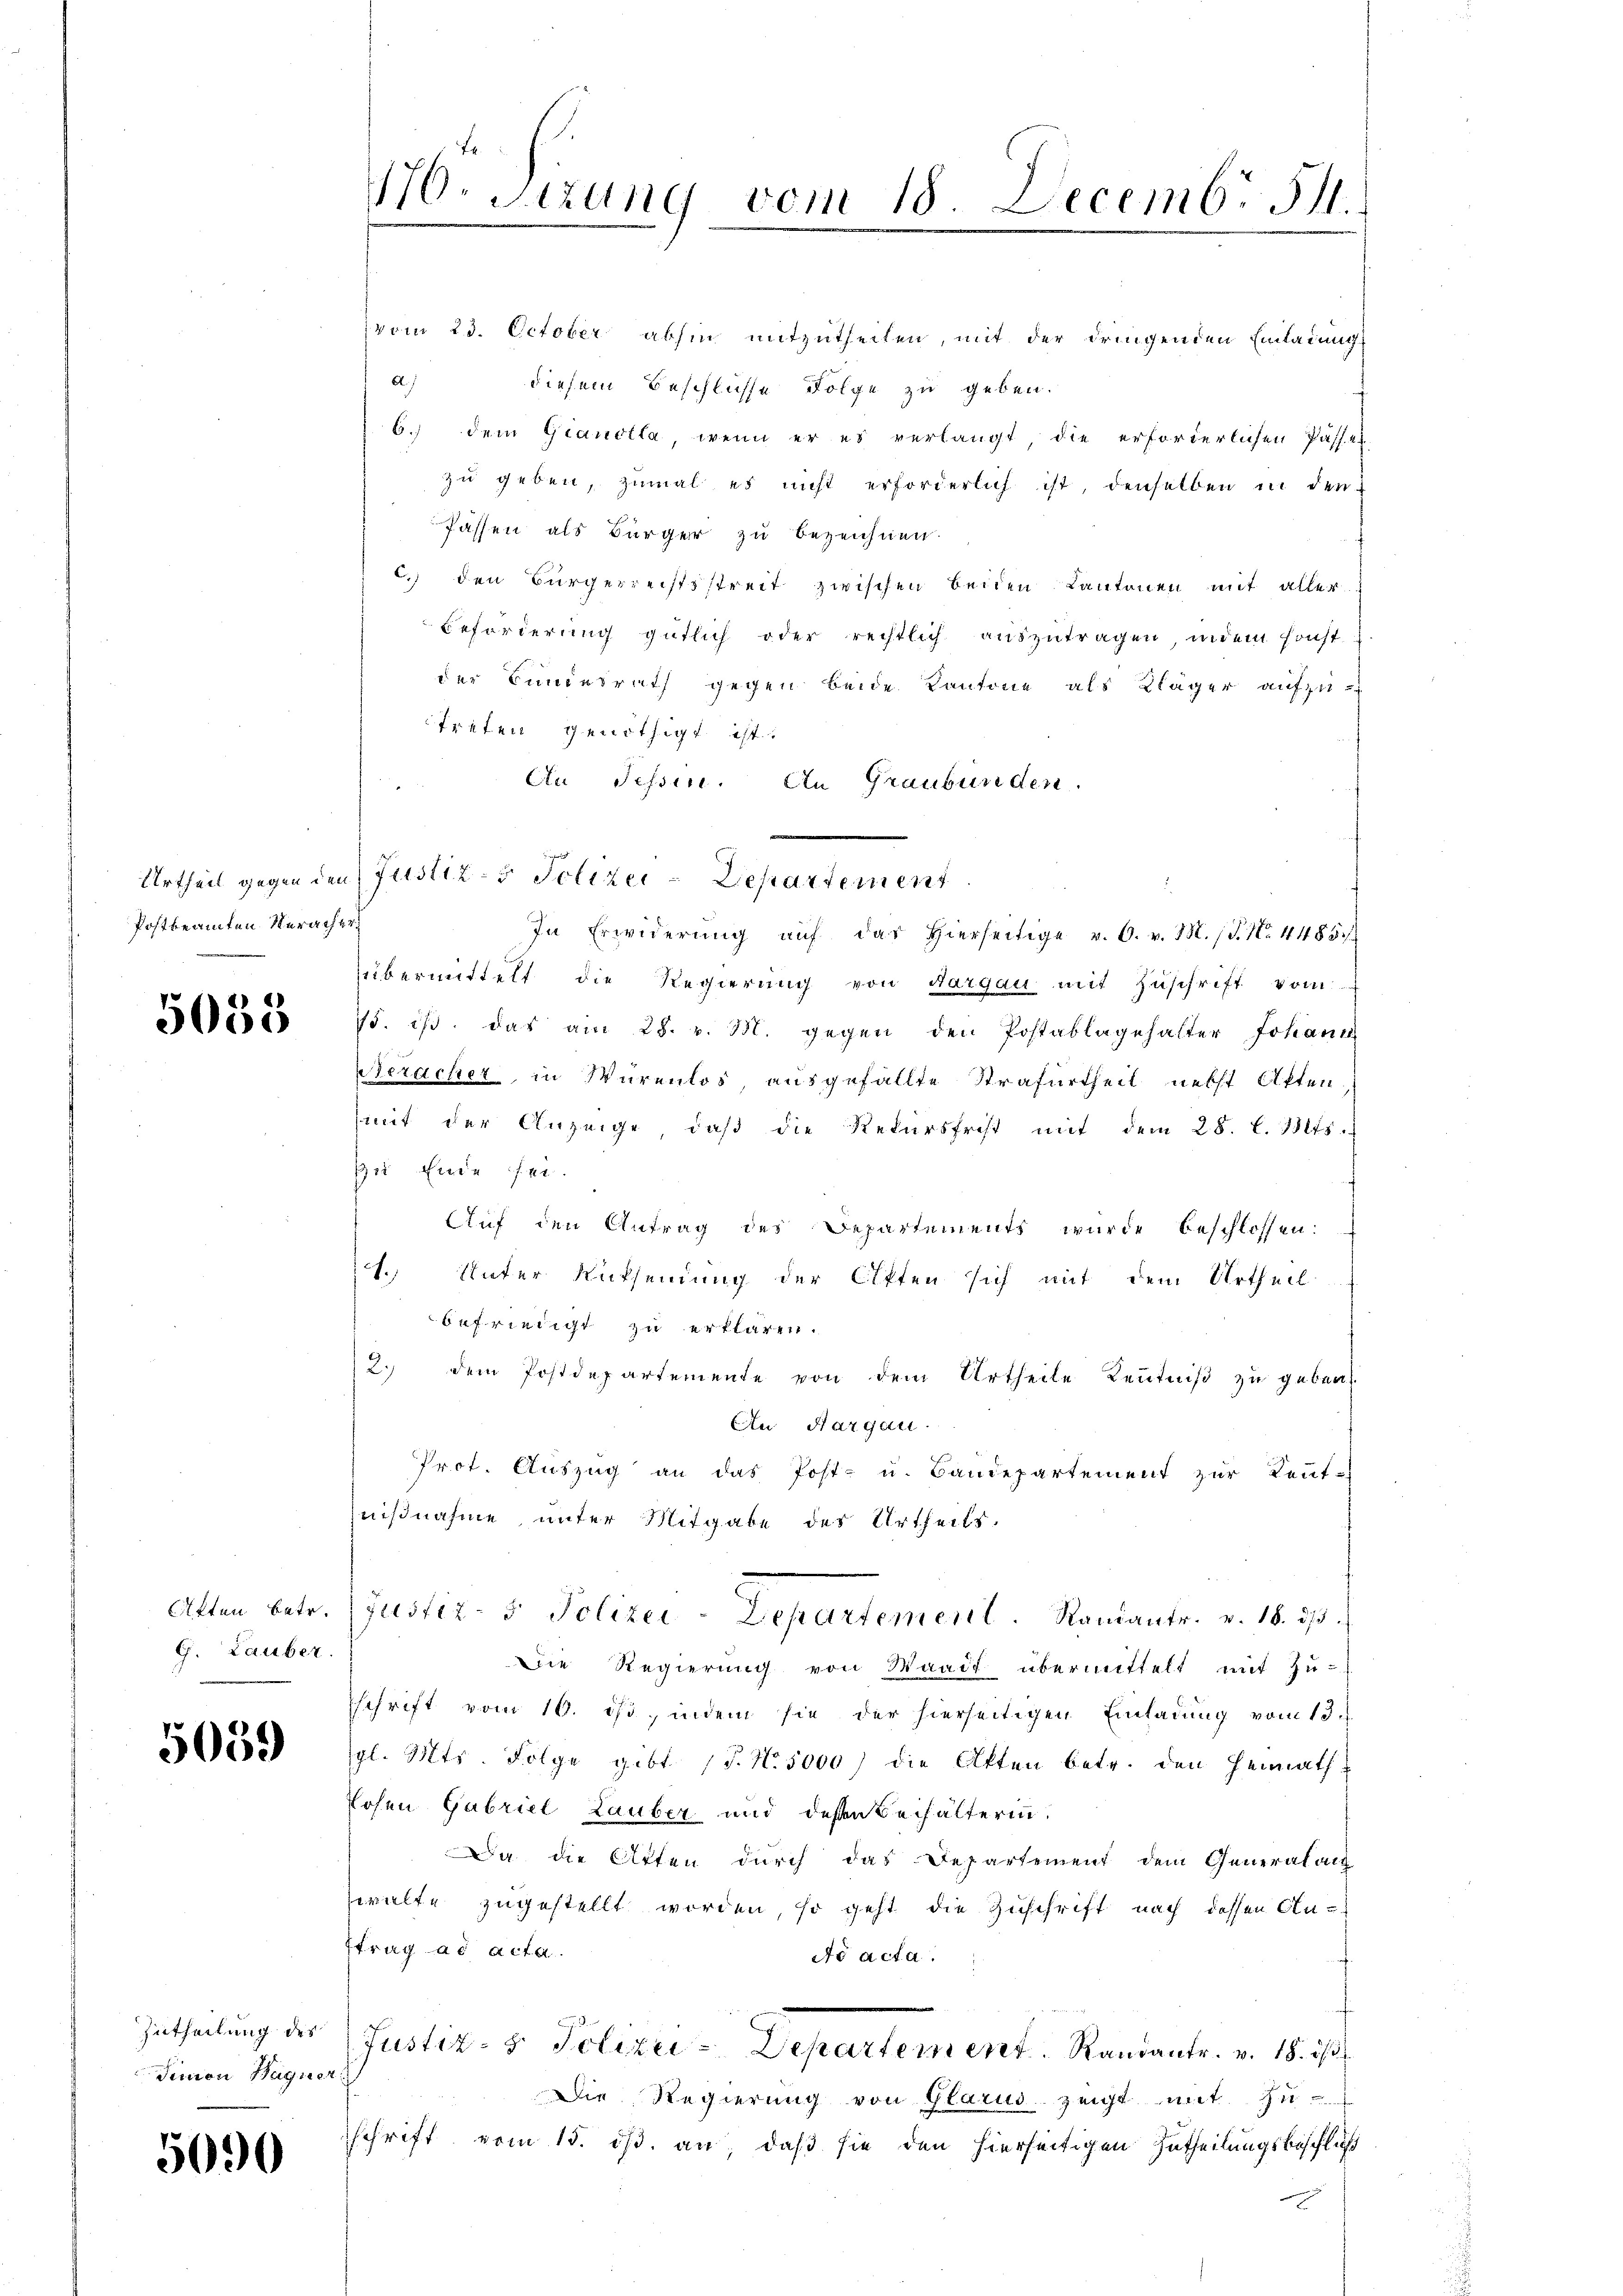
Postbeamten Neracher

5058

G. Lauber

5059

Zutheilung des
Jennen Bagner

5090

176. Sitzung vom 18. Decemb. 54.

vom 23. October abhin mitzutheilen, mit der dringenden Einladung
A.
diesem Beschlüsse Folge zu geben.
6.) dem Gianolla, wenn er es verlangt, die erforderlichen Passel
zu geben, zumal es nicht erforderlich ist, denselben in den
fassen als Bürger zu bezeichnen.
c.) den Bürgerrechtsstreit zwischen beiden Kantonen mit aller
Beförderung gütlich oder rechtlich auszutragen, indem sonst
der Bundesrath gegen beide Kantone als Kläger aufzu-
treten genöthigt ist.
An Tessin. An Graubünden.
In Erwiderŭng aŭf das hierseitige v. 6. v. M. P. Nr. 4185/
übermittelt die Regierung von Aargau mit Zuschrift vom
75. ist das am 28. v. 3. gegen den Postablagehalter Johann
Neracher, in Würenlos, ausgefällte Strafurtheil nebst Akten
mit der Anzeige, daβ die Rekŭrsfrist mit dem 28. l. Mts.
zu Ende sei.
Auf den Antrag des Departements wurde beschlossen:
1. Unter Rücksendung der Akten sich mit dem Urtheil
befriedigt zu erklären.
2. dem Postdepartemente von dem Urtheile Keṅtniβ zŭ geben
An Margau.
Prot. Auszug an das Post- u. Baudepartement zur Leut-
nißnahme unter Mitgabe des Urtheils.
Atten betr. (Justiz- 5. Polizei-Departement. Randantr. v. 18. ds.
Die Regierung von Waadt übermittelt mit Zu-
sschrift vom 16. ist, indem sie der hierseitigen Einladung vom 13.
pl. Mts. Folge gibt. (T. No. 5000) die Akten betr. den Heimath
Losen Gabriel Lauber und deßen Behälterin¬
Da die Atten durch das Departement dem Generalacz
walte zugestellt worden, so geht die Zuschrift nach dessen An-
ftrag ad acta.
do acta.
Justiz- & Polizei-Departement Randanter. v. 18. ds.
Die Regierung von Glarus zeigt mit Zu-
schrift vom 15. ds. an, daß sie den hierseitigen Zutheilungsbeschluß

Urtheil gegen den Justiz- & Polizei-Departement